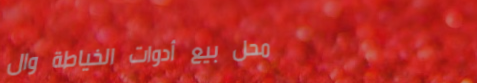
محل بيع أدوات الخياطة وال